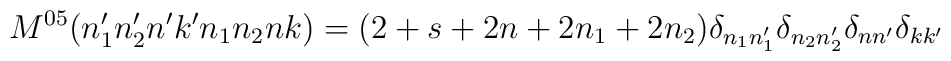
M^{05}(n_1'n_2'n'k'n_1n_2nk)=(2+s+2n+2n_1+2n_2)\delta_{n_1n_1'}\delta_{n_2n_2'}\delta_{nn'}\delta_{kk'}